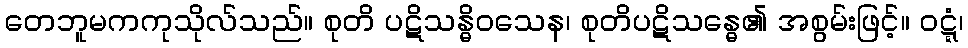
တေဘူမကကုသိုလ်သည်။ စုတိ ပဋိသန္ဓိဝသေန၊ စုတိပဋိသန္ဓေ၏ အစွမ်းဖြင့်။ ဝဋ္ဋံ၊